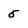
Character: 5